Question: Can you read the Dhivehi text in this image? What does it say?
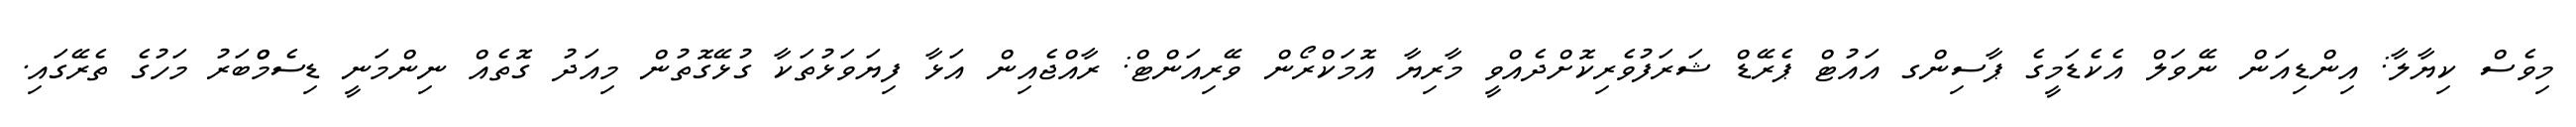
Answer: މިވެސް ކިޔާލާ: އިންޑިއަން ނޭވަލް އެކެޑަމީގެ ޕާސިންގ އައުޓް ޕެރޭޑް ޝަރަފުވެރިކޮށްދެއްވީ މާރިޔާ އޮމަކްރޯން ވޭރިއަންޓް: ރާއްޖެއިން އަޅާ ފިޔަވަޅުތަކާ ގުޅޭގޮތުން މިއަދު ގޮތެއް ނިންމަނީ ޑިސެމްްބަރު މަހުގެ ތެރޭގައި.